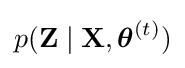
p(\mathbf {Z} \mid \mathbf {X} ,{\boldsymbol {\theta }}^{(t)})